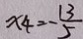
x 4 = - \frac { 1 3 } { 5 }